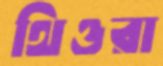
থিওরা